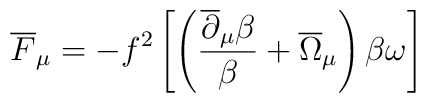
\overline F_\mu = - f^2 \left[ \left(\frac{\overline\partial_\mu\beta}{\beta}+\overline\Omega_\mu\right)\beta\omega\right]